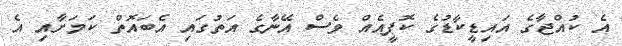
އެ ކުއްޖާގެ އައިޑީކާޑުގެ ކޮޕީއެއް ވެސް އޭނާގެ އަތުގައި އެބައޮތް ކަމަށާއި އެ